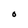
Character: O